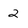
Character: 2